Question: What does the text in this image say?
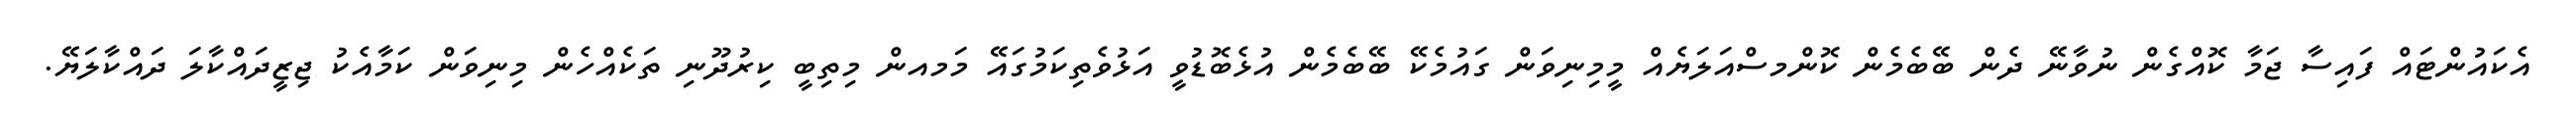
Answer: އެކައުންޓައް ފައިސާ ޖަމާ ކޮއްގެން ނުވާނޭ ދެން ބޭބެމެން ކޮންމސްއަލަޔެއް މީމިނިވަން ގައުމެކޭ ބޭބެމެން އުޅެބޮޑުވީ އަޅުވެތިކަމުގައޭ މަމއން މިތިބީ ކިރުދޫނި ތަކެއްހެން މިނިވަން ކަމާއެކު ޖިޒީދައްކާލަ ދައްކާލަޔޭ.